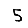
Digit: 5